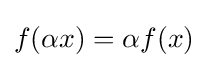
\textstyle f(\alpha x)=\alpha f(x)